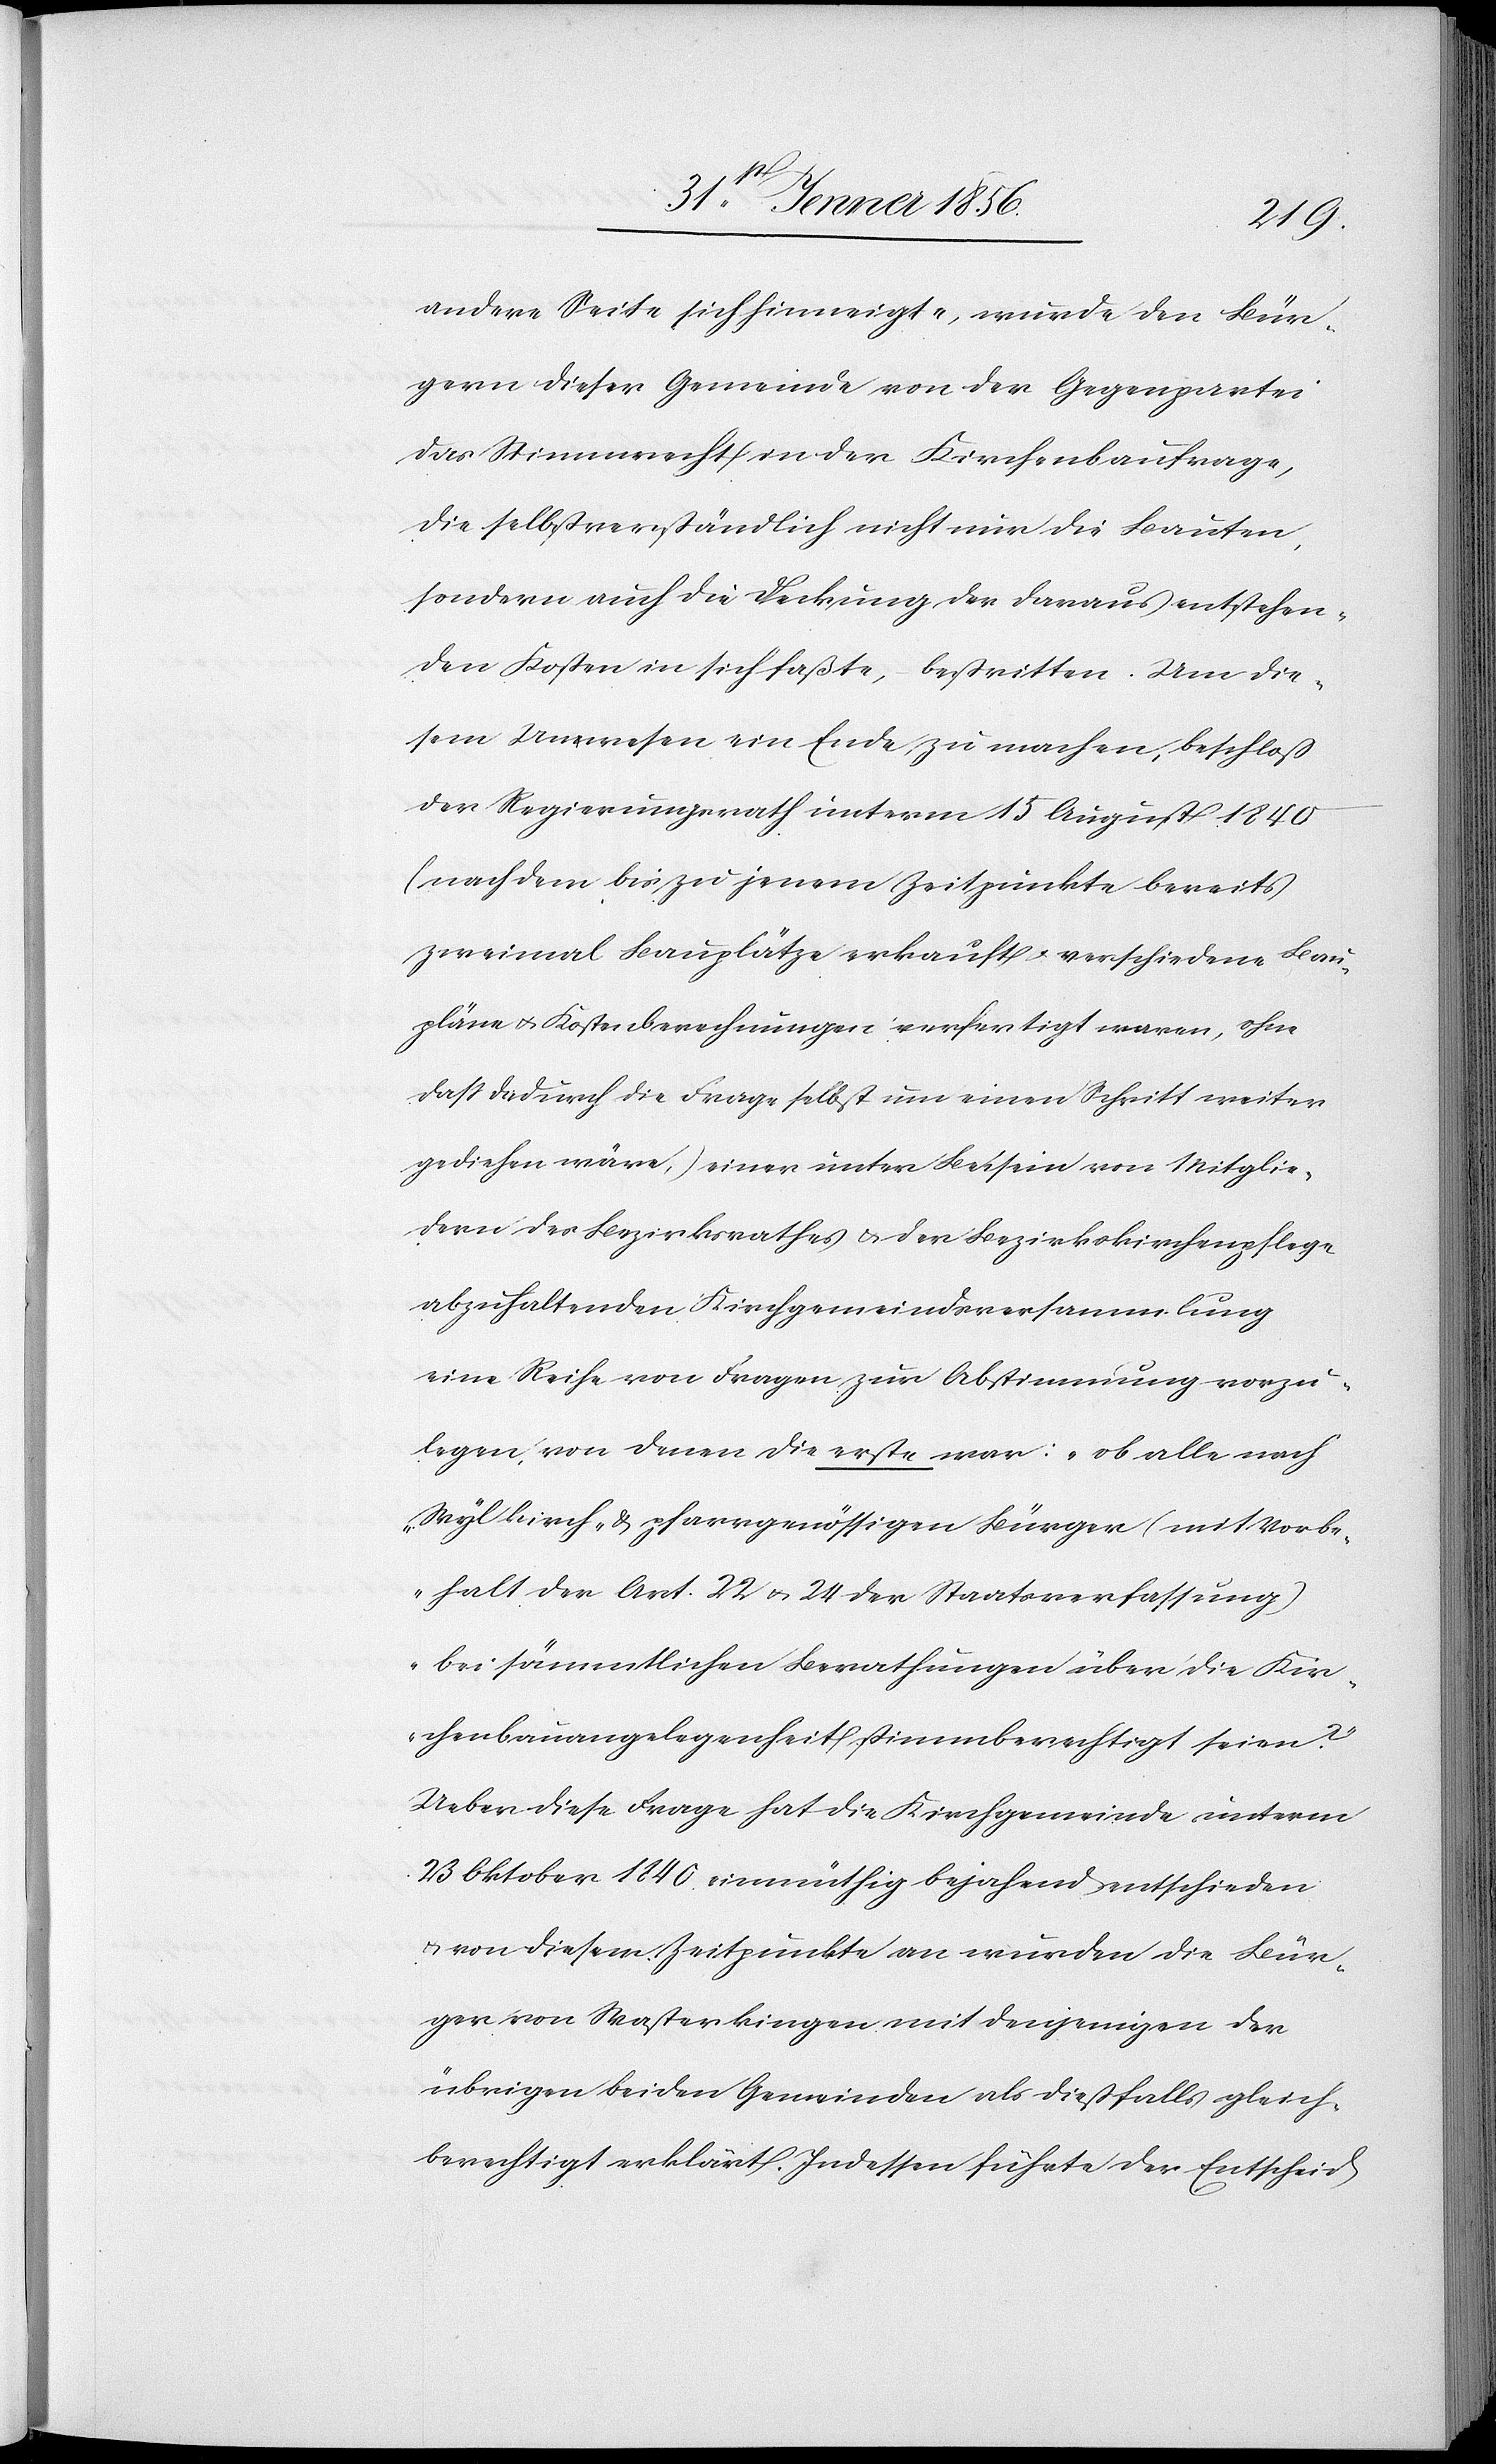
andere Seite sich hinneigte, wurde den Bür¬
gern dieser Gemeinde von der Gegenpartei
das Stimmrecht in der Kirchenbaufrage,
die selbstverständlich nicht nur die Bauten,
sondern auch die Deckung der daraus entstehen¬
den Kosten in sich faßte, bestritten. Um die¬
sem Unwesen ein Ende zu machen, beschloß
der Regierungsrath unterm 15 August 1840
(nach dem bis zu jenem Zeitpunkte bereits
zweimal Bauplätze erkauft u. verschiedene Bau¬
pläne u. Kostenberechnungen verfertigt waren, ohne
daß dadurch die Frage selbst um einen Schritt weiter
gediehen wäre,) einer unter Beisein von Mitglie¬
dern des Bezirksrathes & der Bezirkskirchenpflege
abzuhaltenden Kirchgemeindsversammlung
eine Reihe von Fragen zur Abstimmung vorzu¬
legen, von denen die erste war: „ob alle nach
Wyl kirch- & pfarrgenössigen Bürger (mit Vorbe¬
halt der Art. 22 u. 24 der Staatsverfassung)
bei sämmtlichen Berathungen über die Kir¬
chenbauangelegenheit stimmberechtigt seien?“
Ueber diese Frage hat die Kirchgemeinde unterm
23 Oktober 1840 einmüthig bejahend entschieden
u. von diesem Zeitpunkte an würden die Bür¬
ger von Wasterkingen mit denjenigen der
übrigen beiden Gemeinden als dießfalls gleich¬
berechtigt erklärt. Indessen führte der Entscheid